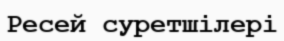
Ресей суретшілері